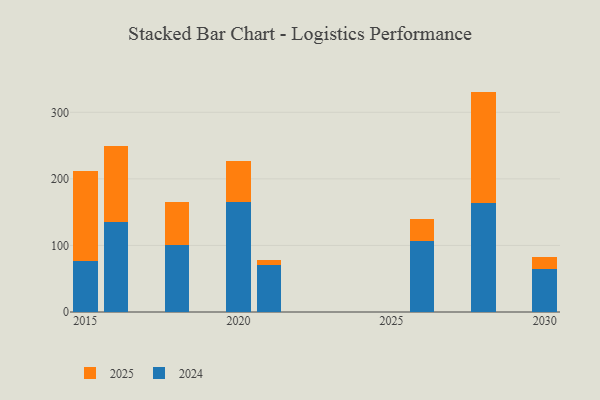
{"axis": {"x": "Year", "y": "Latency (ms)"}, "legend": ["2024", "2025"], "data": [{"x": "2026", "y": 33.4, "type": "2025"}, {"x": "2026", "y": 106.8, "type": "2024"}, {"x": "2021", "y": 7.5, "type": "2025"}, {"x": "2021", "y": 69.9, "type": "2024"}, {"x": "2016", "y": 114.9, "type": "2025"}, {"x": "2016", "y": 134.7, "type": "2024"}, {"x": "2030", "y": 17.3, "type": "2025"}, {"x": "2030", "y": 64.8, "type": "2024"}, {"x": "2020", "y": 61.6, "type": "2025"}, {"x": "2020", "y": 164.9, "type": "2024"}, {"x": "2028", "y": 166.8, "type": "2025"}, {"x": "2028", "y": 164.3, "type": "2024"}, {"x": "2018", "y": 64.5, "type": "2025"}, {"x": "2018", "y": 100.2, "type": "2024"}, {"x": "2015", "y": 134.8, "type": "2025"}, {"x": "2015", "y": 77.3, "type": "2024"}]}